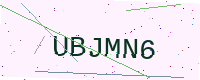
Text: UBJMN6